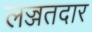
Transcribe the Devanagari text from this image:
लज्जतदार